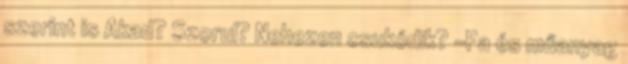
szerint is Akad? Szorul? Nehezen csukódik? -Fa és műanyag